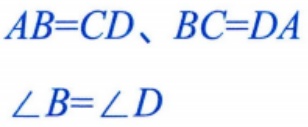
$AB=CD、BC=DA$

$\angle B=\angle D$